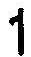
1